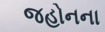
જહોનના